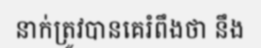
នាក់ត្រូវបានគេរំពឹងថា នឹង